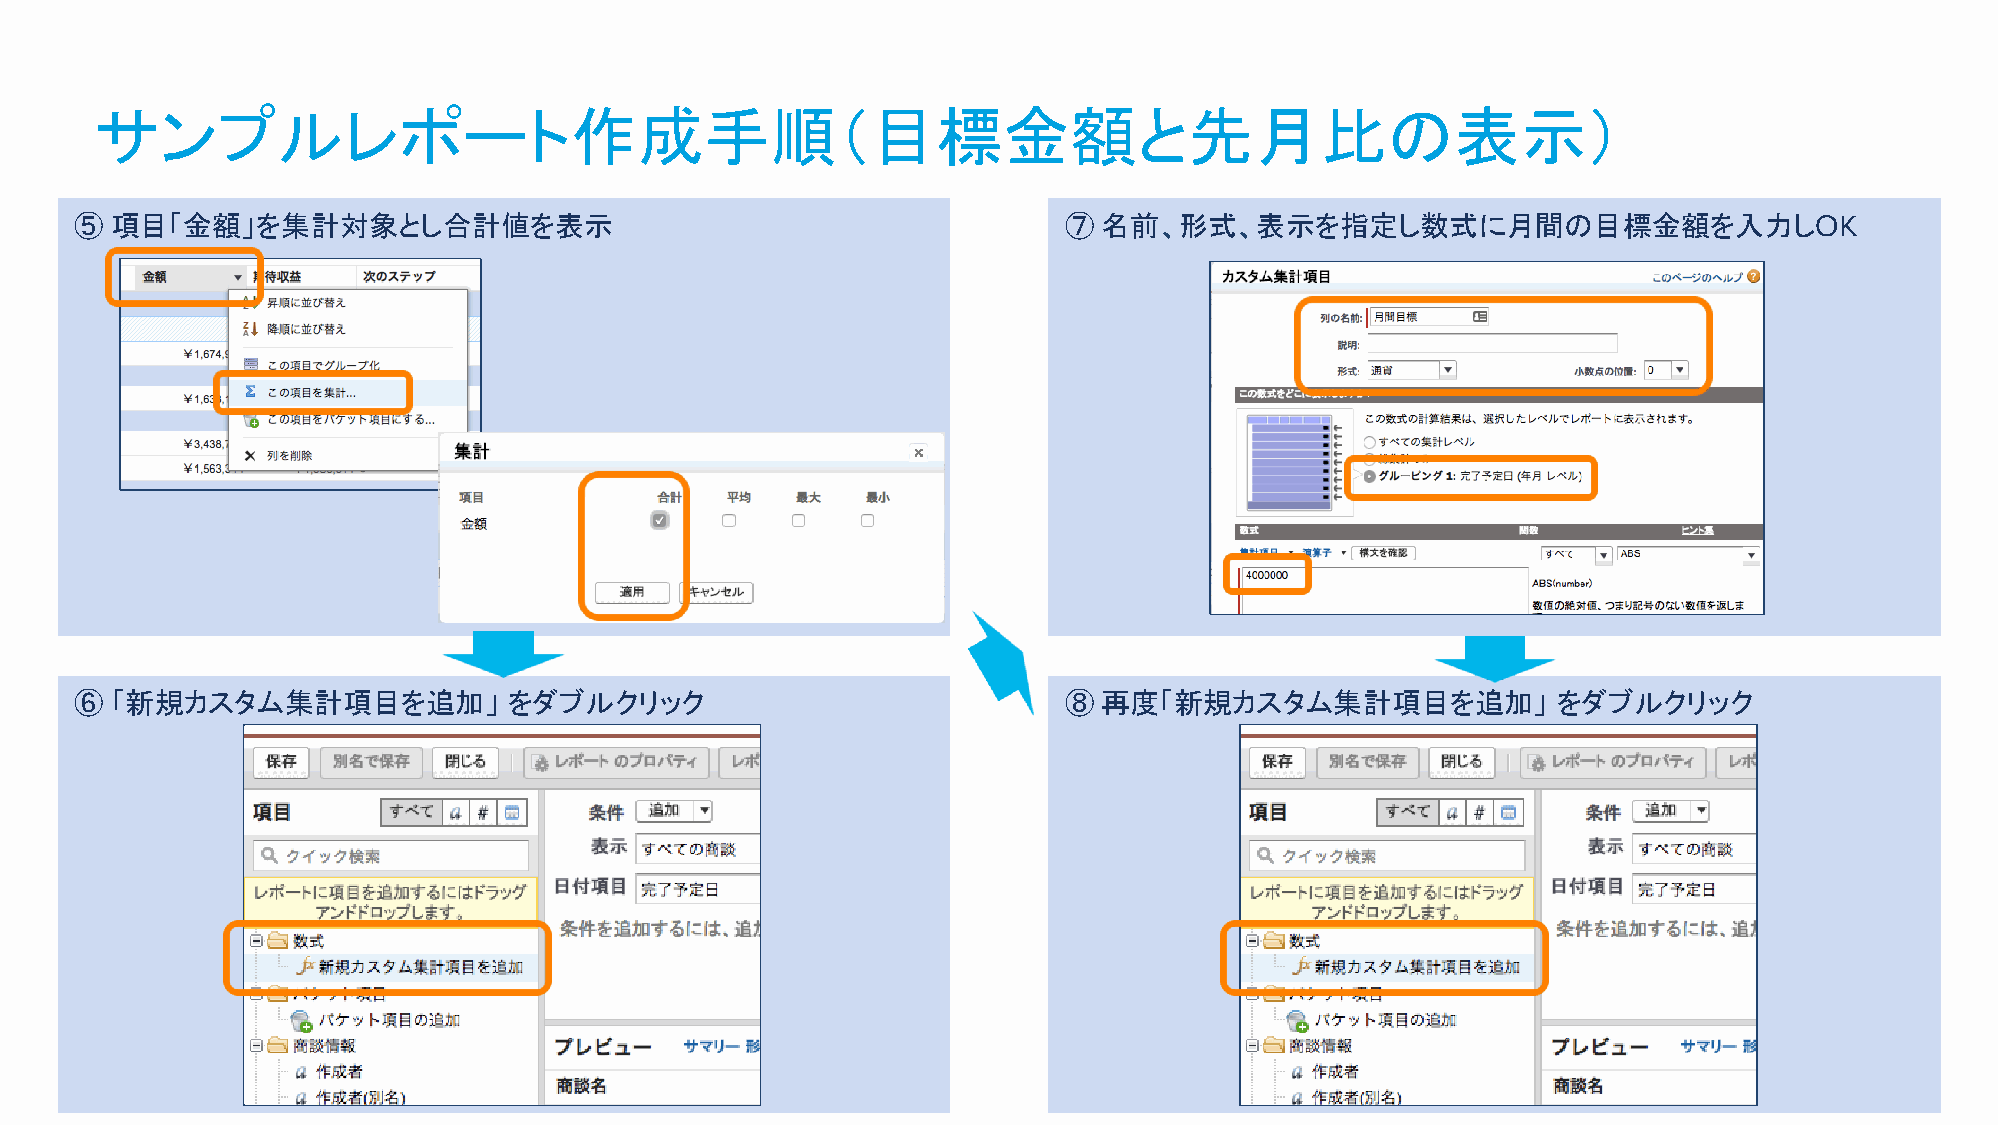
サンプルレポート作成手順（目標金額と先月比の表示）
 ⑤ 項目「金額」を集計対象とし合計値を表示                                            ⑦  名前、形式、表示を指定し数式に月間の目標金額を入力しOK
 ⑥ 「新規カスタム集計項目を追加」            をダブルクリック                            ⑧  再度「新規カスタム集計項目を追加」             をダブルクリック